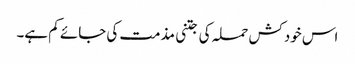
اس خودکش حملہ کی جتنی مذمت کی جائے کم ہے۔